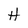
Character: H